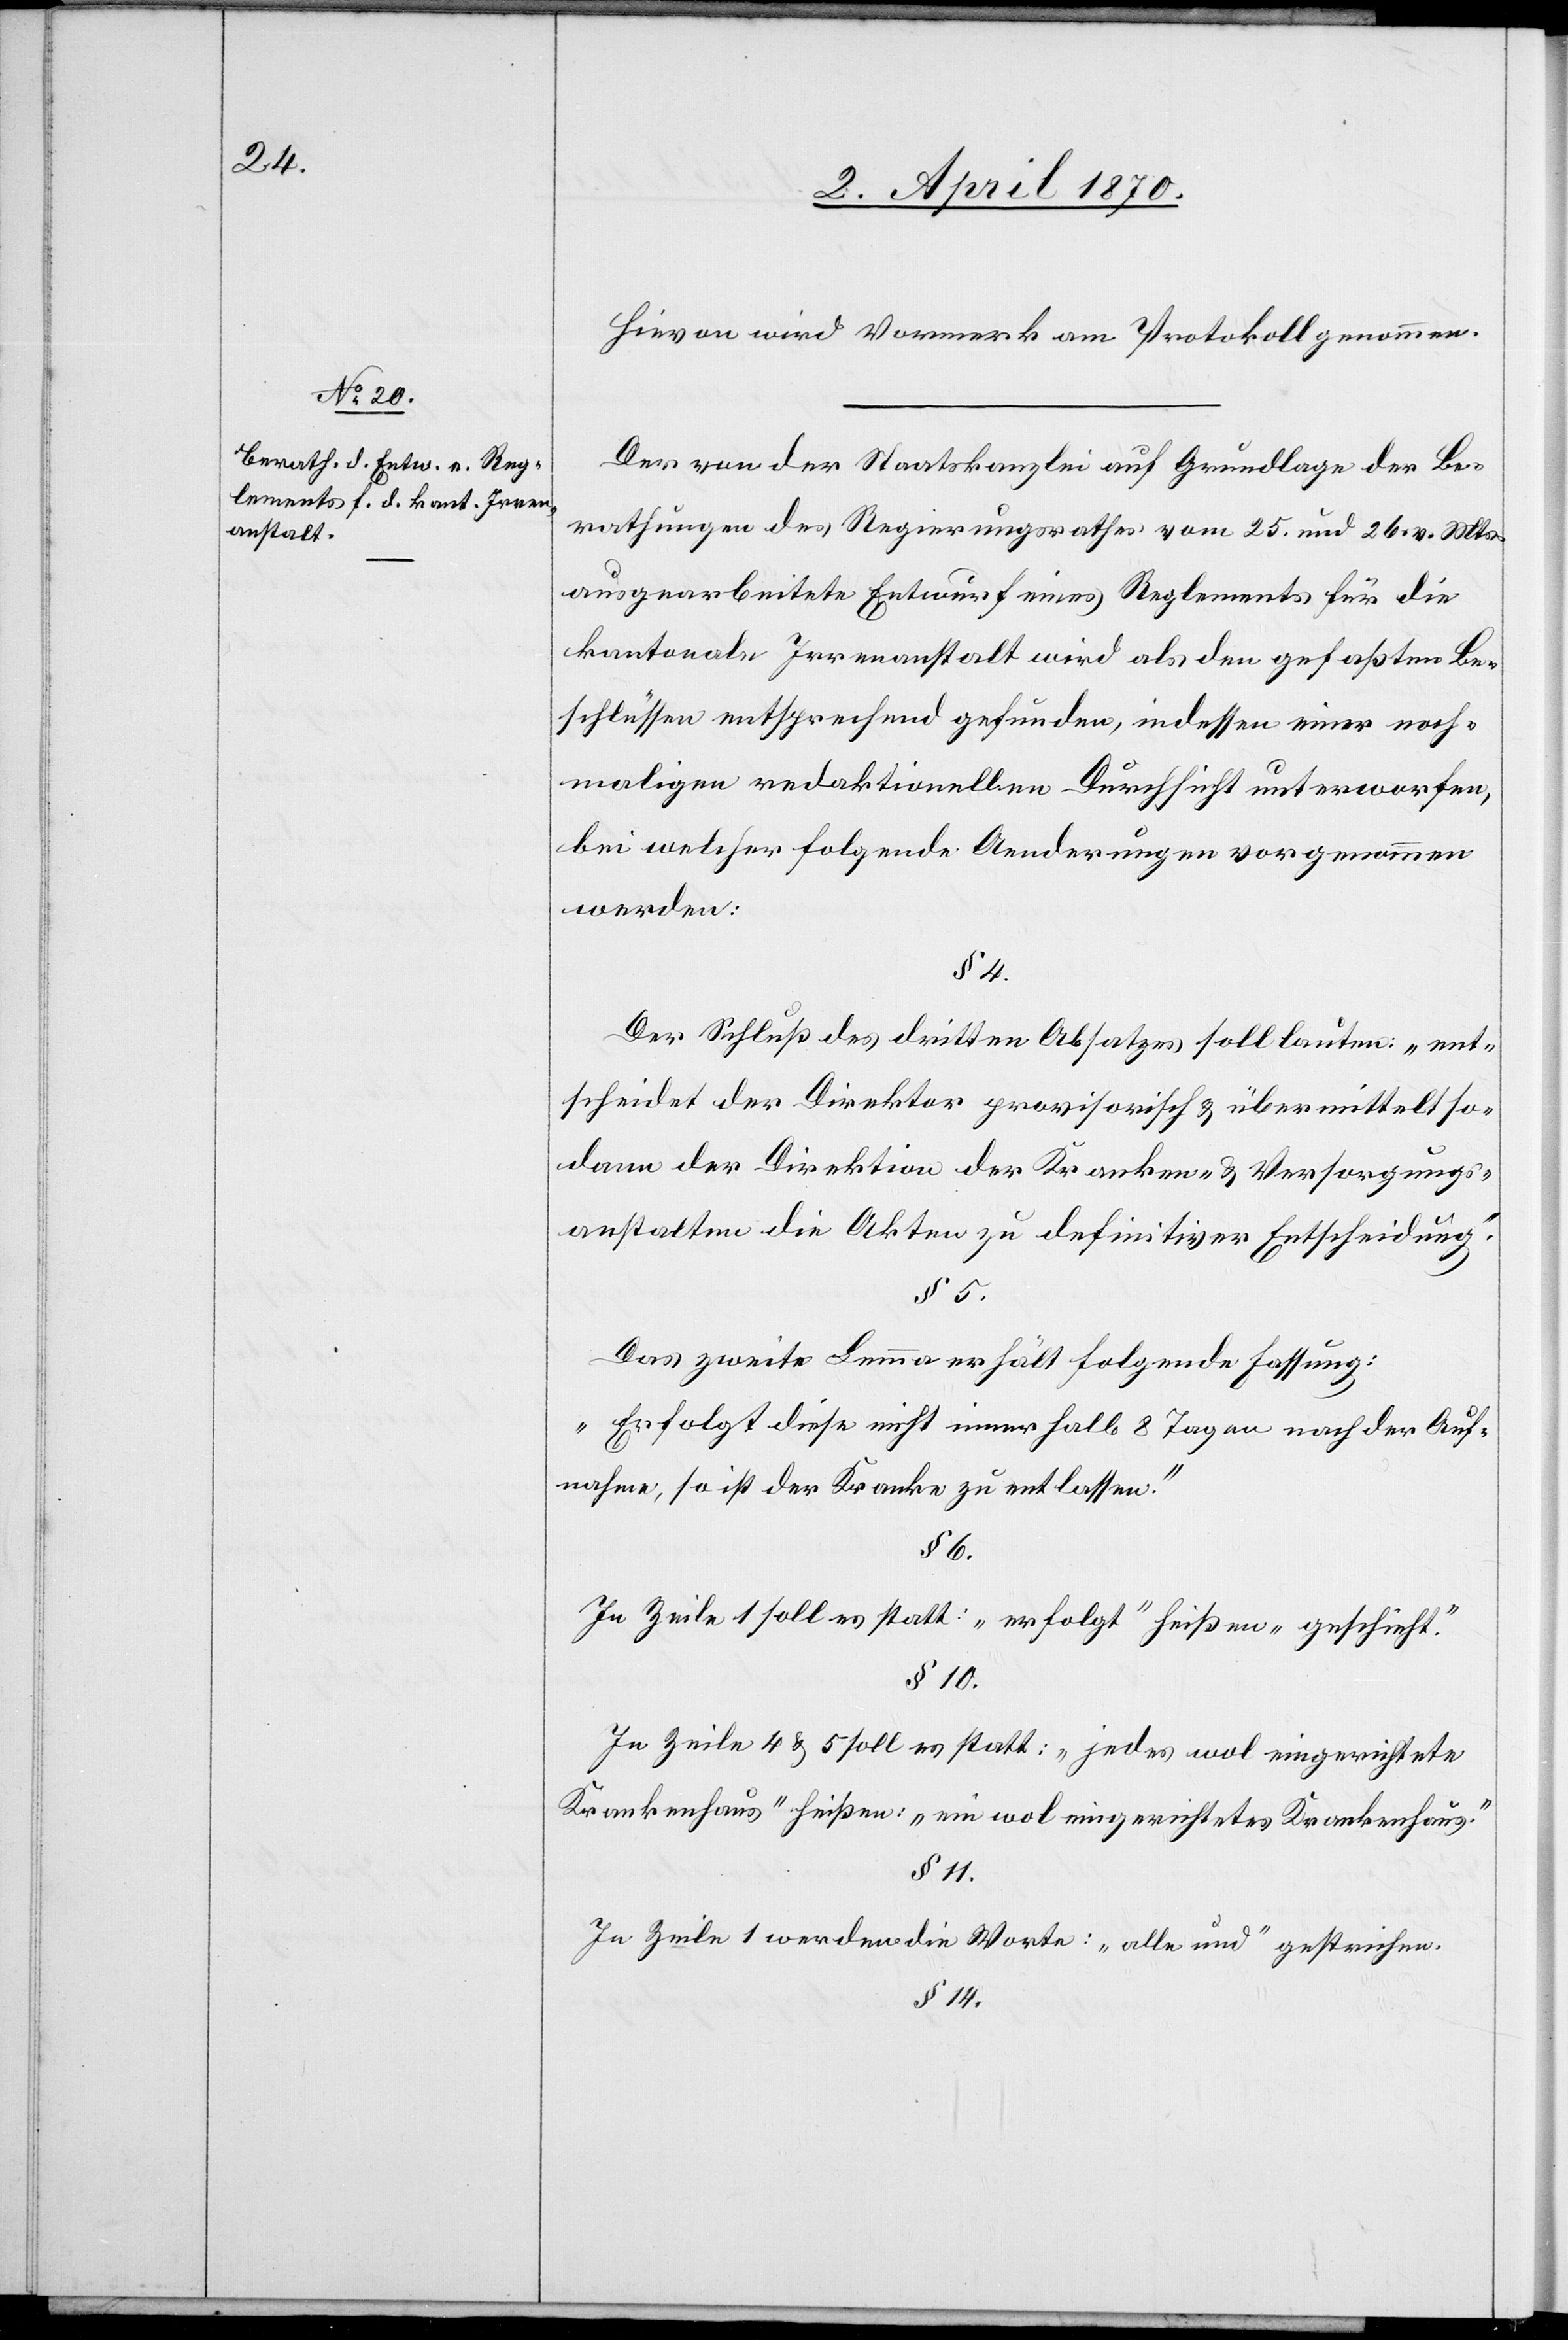
Hievon wird Vormerk am Protokoll genommen.
Der von der Staatskanzlei auf Grundlage der Be¬
rathungen des Regierungsrathes vom 25. und 26. vor. Mts.
ausgearbeitete Entwurf eines Reglements für die
kantonale Irrenanstalt wird als den gefaßten Be¬
schlüssen entsprechend gefunden, indessen einer noch¬
maligen redaktionellen Durchsicht unterworfen,
bei welcher folgende Aenderungen vorgenommen
werden:
Der Schluß des dritten Absatzes soll lauten: „ent¬
scheidet der Direktor provisorisch & übermittelt so¬
dann der Direktion der Kranken- & Versorgungs¬
anstalten die Akten zu definitiver Entscheidung.“
Das zweite Lemma erhält folgende Fassung:
„Erfolgt diese nicht innerhalb 8 Tagen nach der Auf¬
nahme, so ist der Kranke zu entlassen.“
§ 6
In Zeile 1 soll es statt: „erfolgt“ heißen „geschieht.“
§ 14
In Zeile 4 & 5 soll es statt: „jedes wol eingerichtete
Krankenhaus“ heißen: „ein wol eingerichtetes Krankenhaus.“
In Zeile 1 werden die Worte: „alle und“ gestrichen.